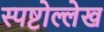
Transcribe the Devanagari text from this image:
स्पष्टोल्लेख